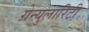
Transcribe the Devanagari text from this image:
ग्रेन्युलारिटी